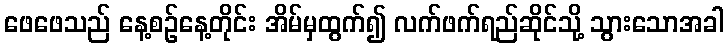
ဖေဖေသည် နေ့စဉ်နေ့တိုင်း အိမ်မှထွက်၍ လက်ဖက်ရည်ဆိုင်သို့ သွားသောအခါ